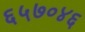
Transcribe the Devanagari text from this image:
६५७०४६